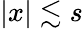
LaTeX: |x|\lesssim s